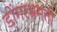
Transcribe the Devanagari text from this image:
डोंगरभ्रमंती